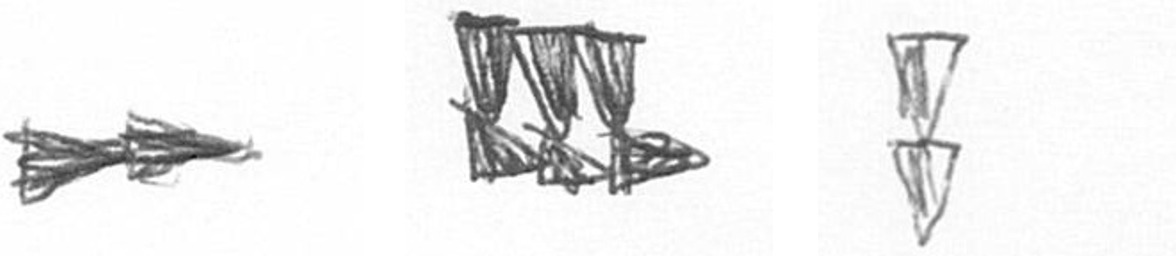
A D Z